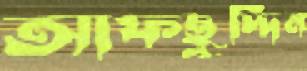
আফছুদ্দিন